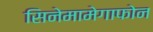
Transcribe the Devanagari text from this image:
सिनेमामेगाफोन